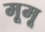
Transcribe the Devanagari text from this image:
मूमू